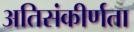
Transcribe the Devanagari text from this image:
अतिसंकीर्णता